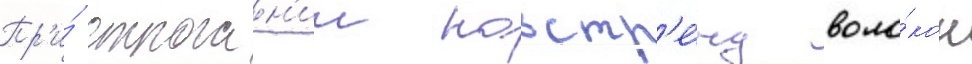
Пр'и́ строган'ии навстр'е́чу воло́кон